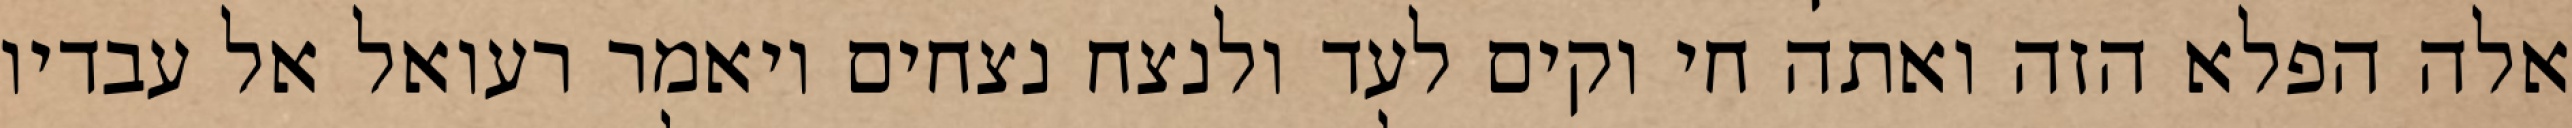
אלה הפלא הזה ואתה חי וקים לעד ולנצח נצחים ויאמר רעואל אל עבדיו